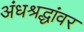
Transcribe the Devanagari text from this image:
अंधश्रद्धांवर